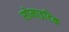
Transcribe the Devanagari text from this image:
सोमाइटिक